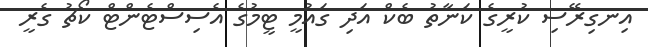
އިނގިރޭސި ކުރީގެ ކަނާތު ބެކް އަދި ގައުމީ ޓީމުގެ އެސިސްޓެންޓް ކޯޗު ގެރީ